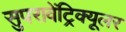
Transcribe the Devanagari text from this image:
सुपरावेंट्रिक्यूलर